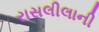
રાસલીલાની